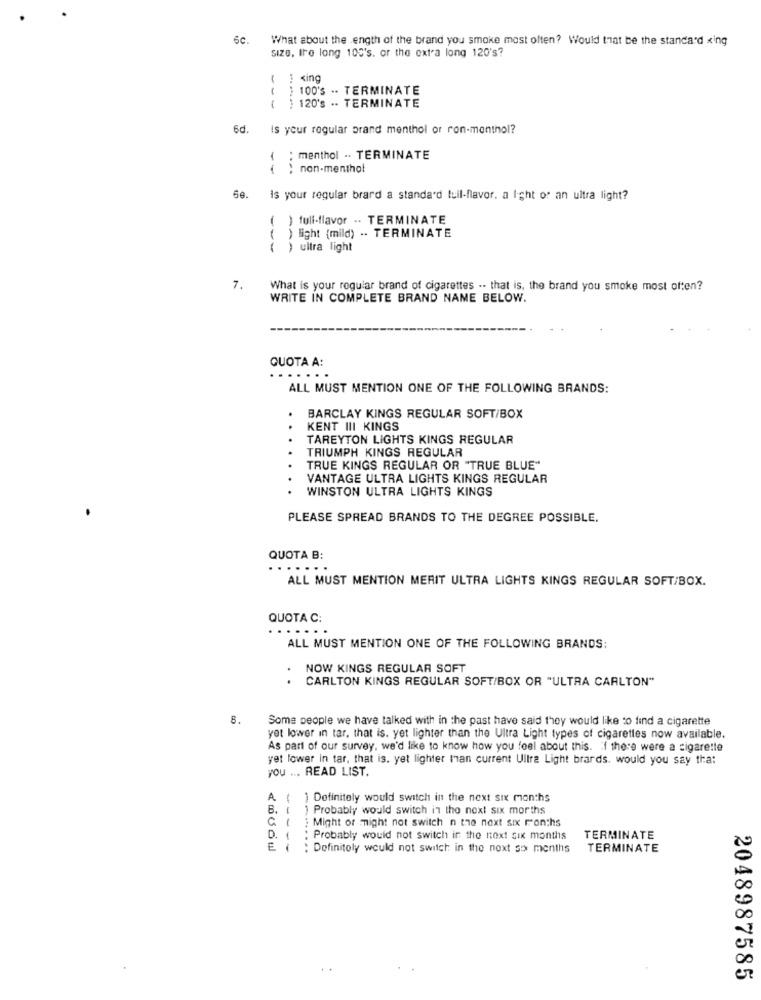
6c.
What about the Length of the brand you smoke most often? Would that be the standard xing
size, tre long 100's. or the extra long 120's?
( ] xing
--
100's .. TERMINATE
( ) 120's .. TERMINATE
6d. is your regular prand menthol or ron-menthol?
{ : menthol . TERMINATE
non-menthol
Is your regular brard a standard tull-flavor. a Ight of an ultra light?
( ) full-flavor .. TERMINATE
( ) light (mild) .. TERMINATE
) ultra light
7.
What is your regular brand of cigarettes .. that is, the brand you smoke most often?
WRITE IN COMPLETE BRAND NAME BELOW.
QUOTA A:
.....
ALL MUST MENTION ONE OF THE FOLLOWING BRANDS:
BARCLAY KINGS REGULAR SOFT/BOX
..
KENT III KINGS
TAREYTON LIGHTS KINGS REGULAR
TRIUMPH KINGS REGULAR
TRUE KINGS REGULAR OR "TRUE BLUE"
VANTAGE ULTRA LIGHTS KINGS REGULAR
WINSTON ULTRA LIGHTS KINGS
PLEASE SPREAD BRANDS TO THE DEGREE POSSIBLE.
QUOTA B:
......
ALL MUST MENTION MERIT ULTRA LIGHTS KINGS REGULAR SOFT/BOX.
QUOTA C:
......
ALL MUST MENTION ONE OF THE FOLLOWING BRANDS:
NOW KINGS REGULAR SOFT
CARLTON KINGS REGULAR SOFT/BOX OR "ULTRA CARLTON"
8.
Some people we have talked with in the past have said they would like to find a cigarette
yet lower in tar, that is. yet lighter than the Ultra Light types of cigarettes now available.
As part of our survey, we'd like to know how you feel about this. If there were a cigarette
yet lower in tar, that is. yet lighter Man current Ultra Light brards. would you say that
you ... READ LIST.
A ( ) Definitely would switch in the next six months
B. ( ) Probably would switch in the next six months
G ( : Might of might not switch n the next six ron;hs
D. ( : Probably would not switch ir the next six months
TERMINATE
E ( : Definitely would not switch in the next six months
TERMINATE
2048987585